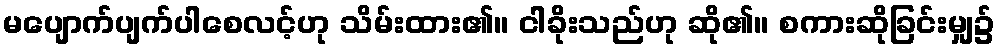
မပျောက်ပျက်ပါစေလင့်ဟု သိမ်းထား၏။ ငါခိုးသည်ဟု ဆို၏။ စကားဆိုခြင်းမျှ၌